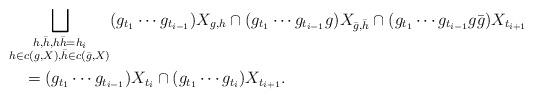
LaTeX: \begin{align*}&\bigsqcup_{\substack{h,\bar{h}, h\bar{h}=h_i\\h\in c(g, X), \bar{h}\in c(\bar{g}, X)}}(g_{t_1}\cdots g_{t_{i-1}})X_{g, h}\cap (g_{t_1}\cdots g_{t_{i-1}}g)X_{\bar{g},\bar{h}}\cap (g_{t_1}\cdots g_{t_{i-1}}g\bar{g})X_{t_{i+1}}\\&\quad{}=(g_{t_1}\cdots g_{t_{i-1}})X_{t_i}\cap (g_{t_1}\cdots g_{t_i})X_{t_{i+1}}. \end{align*}